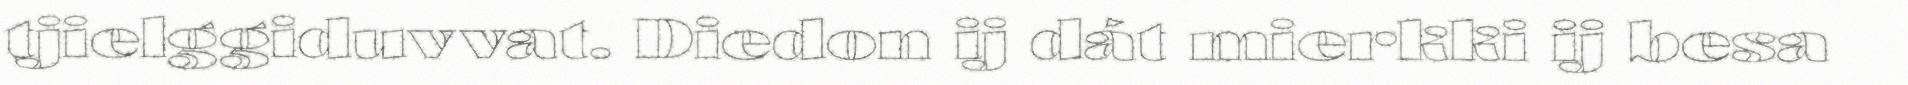
tjielggiduvvat. Diedon ij dát mierkki ij besa